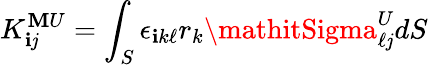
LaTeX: K_{\mathbf{i}\mathit{j}}^{\mathbf{M}U}=\int_{S}\epsilon_{\mathbf{i}k\ell}r_{k}\mathitSigma_{\ell\mathit{j}}^{U}dS